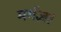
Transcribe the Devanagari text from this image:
मर्मज्ञ।